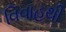
વિવાહથી